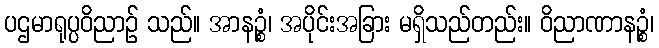
ပဌမာရုပ္ပဝိညာဉ် သည်။ အာနဉ္စံ၊ အပိုင်းအခြား မရှိသည်တည်း။ ဝိညာဏာနဉ္စံ၊